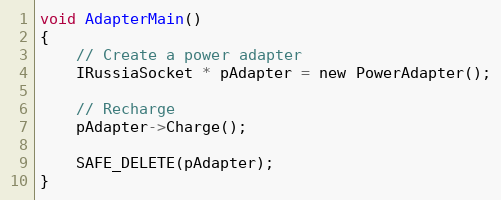
Language: C
void AdapterMain()
{
    // Create a power adapter
    IRussiaSocket * pAdapter = new PowerAdapter();

    // Recharge
    pAdapter->Charge();

    SAFE_DELETE(pAdapter);
}